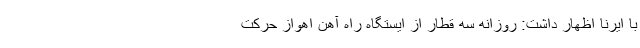
با ایرنا اظهار داشت: روزانه سه قطار از ایستگاه راه آهن اهواز حرکت